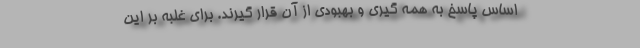
اساس پاسخ به همه گیری و بهبودی از آن قرار گیرند. برای غلبه بر این